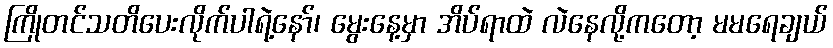
ကြိုတင်သတိပေးလိုက်ပါရဲ့နော်၊ မွေးနေ့မှာ အိပ်ရာထဲ လဲနေလို့ကတော့ မမရေချယ်